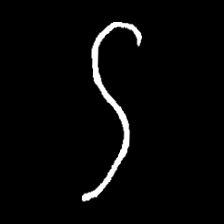
Pyu character \u2014 Myanmar letter: ဌ (romanized: ttha)